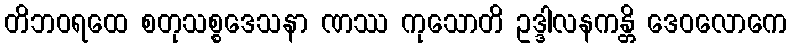
တိဘဝရထေ စတုသစ္စဒေသနာ ဏဿ ကုသောတိ ဥဒ္ဒါလနကန္တိ ဒေဝလောကေ